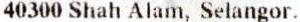
40300 SHAH ALAM, SELANGOR.